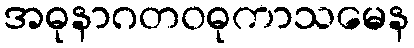
အဓုနာဂတဝဓုကာသမေန